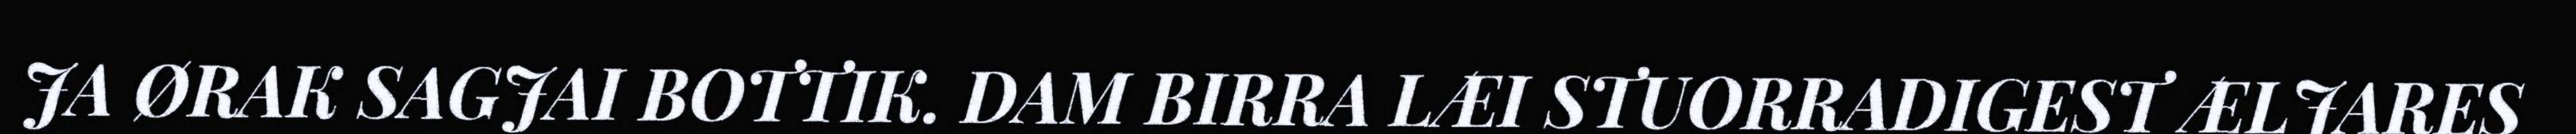
JA ØRAK SAGJAI BOTTIK. DAM BIRRA LÆI STUORRADIGEST ÆLJARES